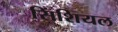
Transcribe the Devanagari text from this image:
सिंशियल